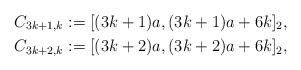
LaTeX: \begin{align*}C_{3k+1,k} & := [(3k+1) a, (3k+1)a + 6 k ]_2,\\C_{3k+2,k} & := [(3k+2) a, (3k+2)a + 6 k ]_2,\end{align*}